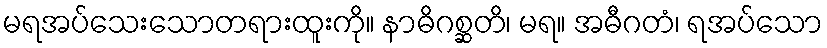
မရအပ်သေးသောတရားထူးကို။ နာဓိဂစ္ဆတိ၊ မရ။ အဓီဂတံ၊ ရအပ်သော